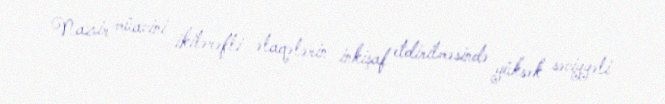
Nazir müavini ikitərəfli əlaqələrin inkişaf etdirilməsində yüksək səviyyəli